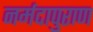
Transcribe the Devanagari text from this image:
नर्मदापुराण